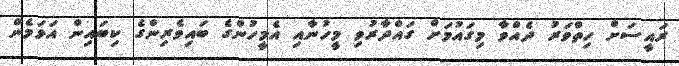
ރައީސަށް ހިތްވަރު ދެއްވާ މިގައުމަށް ގައްދާރުވި މީހުނާއި އެމީހުންގެ ބައިވެރިންގެ ކިބައިން އަޅަމެން